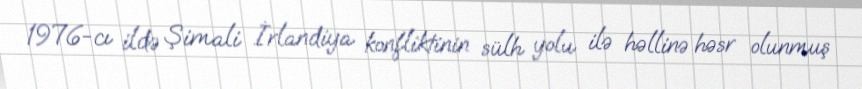
1976-cı ildə Şimali İrlandiya konfliktinin sülh yolu ilə həllinə həsr olunmuş